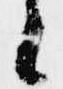
々